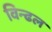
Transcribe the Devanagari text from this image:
विन्ढल